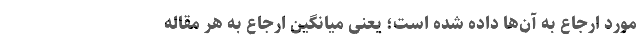
مورد ارجاع به آن‌ها داده شده است؛ یعنی میانگین ارجاع به هر مقاله